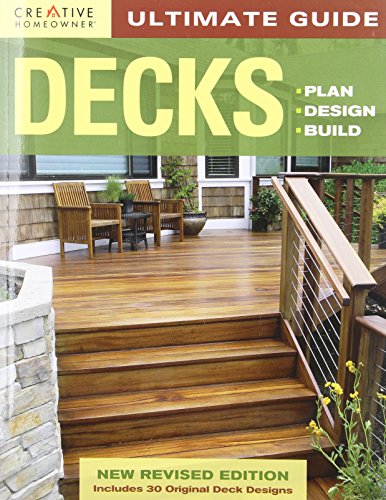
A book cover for Ultimate Guide: Decks, 4th edition: Plan, Design, Build (Home Improvement); Editors of Creative Homeowner; Crafts, Hobbies & Home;